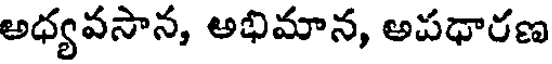
అధ్యవసాన, అభిమాన, అపధారణ